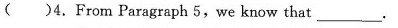
( )4.From Paragraph 5,we know that______.